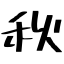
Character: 秋